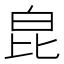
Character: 𤽏